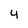
Character: 4